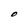
Character: O